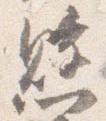
懸